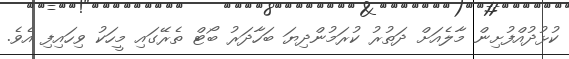
ކުޅުދުއްފުށިން މާލެއަށް ދަތުރު ކުރަމުންދިޔަ ބަހާދަރު ބޯޓް ތެރޭގައި މީހަކު ވިހައިފި އެވެ.